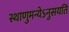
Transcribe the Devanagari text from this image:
स्थाणुमन्येऽनुसयति